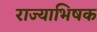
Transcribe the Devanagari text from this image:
राज्याभिषक